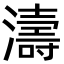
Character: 濤